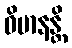
ဝိမာနန္တိ